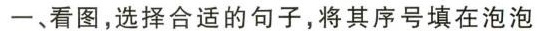
一、看图，选择合适的句子，将其序号填在泡泡